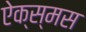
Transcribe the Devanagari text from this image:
ऐक्स्मस